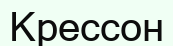
Крессон